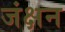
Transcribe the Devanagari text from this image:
जंक्षन